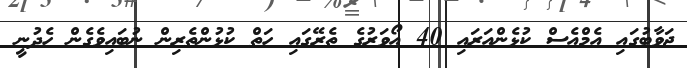
ޖަވާބުގައި އެމްއެސް ކުޅެންއަރައި 40 އޯވަރުގެ ތެރޭގައި ހަތް ކުޅުންތެރިން ނުބައިވެގެން ހެދުނީ